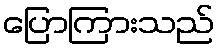
ပြောကြားသည်